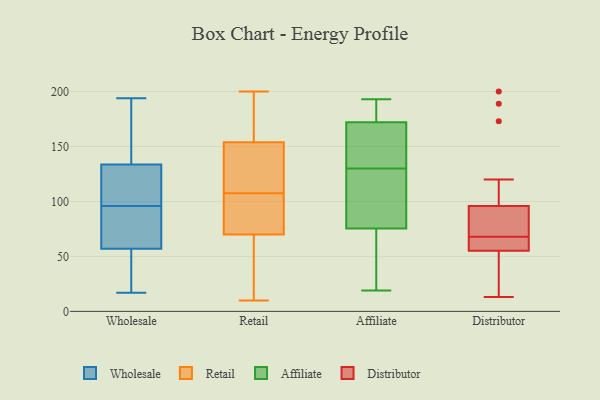
{"axis": {"x": "Headcount", "y": "Value"}, "legend": ["Affiliate", "Distributor", "Retail", "Wholesale"], "data": [{"x": "", "y": 119, "type": "Wholesale"}, {"x": "", "y": 96, "type": "Wholesale"}, {"x": "", "y": 176, "type": "Wholesale"}, {"x": "", "y": 63, "type": "Wholesale"}, {"x": "", "y": 54, "type": "Wholesale"}, {"x": "", "y": 137, "type": "Wholesale"}, {"x": "", "y": 17, "type": "Wholesale"}, {"x": "", "y": 73, "type": "Wholesale"}, {"x": "", "y": 178, "type": "Wholesale"}, {"x": "", "y": 194, "type": "Wholesale"}, {"x": "", "y": 79, "type": "Wholesale"}, {"x": "", "y": 54, "type": "Wholesale"}, {"x": "", "y": 124, "type": "Wholesale"}, {"x": "", "y": 55, "type": "Wholesale"}, {"x": "", "y": 149, "type": "Wholesale"}, {"x": "", "y": 28, "type": "Wholesale"}, {"x": "", "y": 98, "type": "Wholesale"}, {"x": "", "y": 91, "type": "Wholesale"}, {"x": "", "y": 112, "type": "Wholesale"}, {"x": "", "y": 108, "type": "Retail"}, {"x": "", "y": 171, "type": "Retail"}, {"x": "", "y": 109, "type": "Retail"}, {"x": "", "y": 52, "type": "Retail"}, {"x": "", "y": 200, "type": "Retail"}, {"x": "", "y": 154, "type": "Retail"}, {"x": "", "y": 107, "type": "Retail"}, {"x": "", "y": 193, "type": "Retail"}, {"x": "", "y": 121, "type": "Retail"}, {"x": "", "y": 70, "type": "Retail"}, {"x": "", "y": 10, "type": "Retail"}, {"x": "", "y": 99, "type": "Retail"}, {"x": "", "y": 162, "type": "Retail"}, {"x": "", "y": 57, "type": "Retail"}, {"x": "", "y": 50, "type": "Retail"}, {"x": "", "y": 117, "type": "Retail"}, {"x": "", "y": 93, "type": "Retail"}, {"x": "", "y": 100, "type": "Retail"}, {"x": "", "y": 65, "type": "Affiliate"}, {"x": "", "y": 19, "type": "Affiliate"}, {"x": "", "y": 54, "type": "Affiliate"}, {"x": "", "y": 184, "type": "Affiliate"}, {"x": "", "y": 179, "type": "Affiliate"}, {"x": "", "y": 107, "type": "Affiliate"}, {"x": "", "y": 52, "type": "Affiliate"}, {"x": "", "y": 180, "type": "Affiliate"}, {"x": "", "y": 179, "type": "Affiliate"}, {"x": "", "y": 138, "type": "Affiliate"}, {"x": "", "y": 127, "type": "Affiliate"}, {"x": "", "y": 48, "type": "Affiliate"}, {"x": "", "y": 146, "type": "Affiliate"}, {"x": "", "y": 128, "type": "Affiliate"}, {"x": "", "y": 129, "type": "Affiliate"}, {"x": "", "y": 151, "type": "Affiliate"}, {"x": "", "y": 193, "type": "Affiliate"}, {"x": "", "y": 143, "type": "Affiliate"}, {"x": "", "y": 130, "type": "Affiliate"}, {"x": "", "y": 17, "type": "Distributor"}, {"x": "", "y": 84, "type": "Distributor"}, {"x": "", "y": 63, "type": "Distributor"}, {"x": "", "y": 173, "type": "Distributor"}, {"x": "", "y": 56, "type": "Distributor"}, {"x": "", "y": 189, "type": "Distributor"}, {"x": "", "y": 67, "type": "Distributor"}, {"x": "", "y": 120, "type": "Distributor"}, {"x": "", "y": 36, "type": "Distributor"}, {"x": "", "y": 68, "type": "Distributor"}, {"x": "", "y": 200, "type": "Distributor"}, {"x": "", "y": 53, "type": "Distributor"}, {"x": "", "y": 88, "type": "Distributor"}, {"x": "", "y": 88, "type": "Distributor"}, {"x": "", "y": 80, "type": "Distributor"}, {"x": "", "y": 61, "type": "Distributor"}, {"x": "", "y": 13, "type": "Distributor"}]}